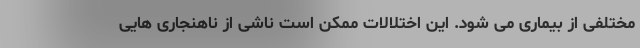
مختلفی از بیماری می شود. این اختلالات ممکن است ناشی از ناهنجاری هایی